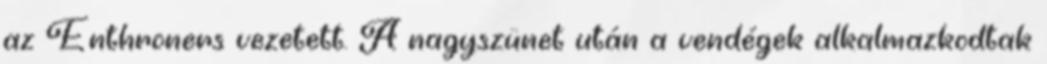
az Enthroners vezetett. A nagyszünet után a vendégek alkalmazkodtak